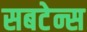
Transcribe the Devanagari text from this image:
सबटेन्स